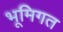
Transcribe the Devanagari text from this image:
भूमिगत